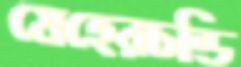
মেহেরচন্ডি